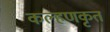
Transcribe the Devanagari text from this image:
कल्हणकृत